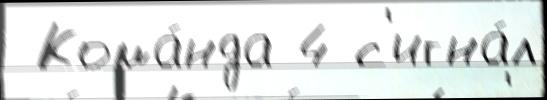
 Кома́нда 4 с'игна́л